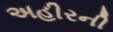
અહીરની